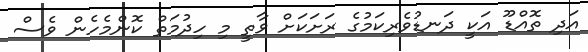
އަދި ތޮއްޑޫ އަކީ ދަނޑުވެރިކަމުގެ ރަށަކަށް ވާތީ މި ހިދުމަތް ކޮންމެހެން ވެސް